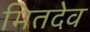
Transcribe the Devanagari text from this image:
मितदेव